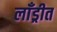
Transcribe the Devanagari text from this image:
लाँड्रीत